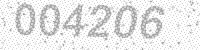
Solution: 004206